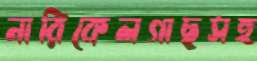
নারিকেলগাছসহ